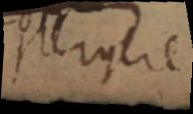
pergere